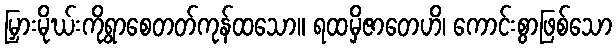
မြှားမိုဃ်းကိုရွာစေတတ်ကုန်ထသော။ ရထမှိဇာတေဟိ၊ ကောင်းစွာဖြစ်သော